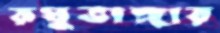
রঘুভাঙ্গার